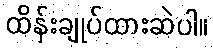
ထိန်းချုပ်ထားဆဲပါ။